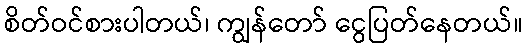
စိတ်ဝင်စားပါတယ်၊ ကျွန်တော် ငွေပြတ်နေတယ်။